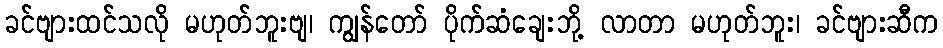
ခင်ဗျားထင်သလို မဟုတ်ဘူးဗျ၊ ကျွန်တော် ပိုက်ဆံချေးဘို့ လာတာ မဟုတ်ဘူး၊ ခင်ဗျားဆီက